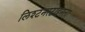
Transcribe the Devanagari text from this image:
लिश्टनस्टाइनला